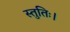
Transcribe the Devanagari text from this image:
स्तुतिः।